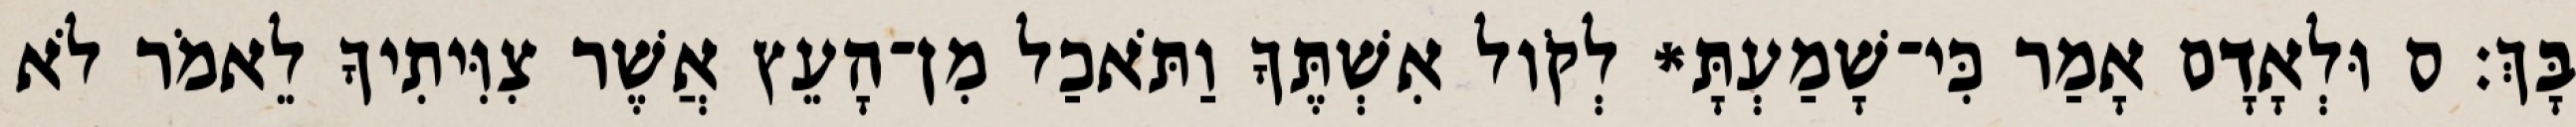
בָּךְ׃ ס וּלְאָדָם אָמַר כִּי־שָׁמַעְתָּ* לְקֹול אִשְׁתֶּךָ וַתֹּאכַל מִן־הָעֵץ אֲשֶׁר צִוִּיתִיךָ לֵאמֹר לֹא